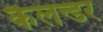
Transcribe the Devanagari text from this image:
कैलन्डर